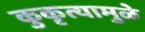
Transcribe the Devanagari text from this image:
कुकृत्यामुळे